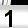
Digit: 1